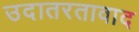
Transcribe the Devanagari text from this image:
उदातरतावाद